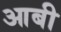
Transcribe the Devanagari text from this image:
आबी